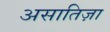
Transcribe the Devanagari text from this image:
असातिज़ा